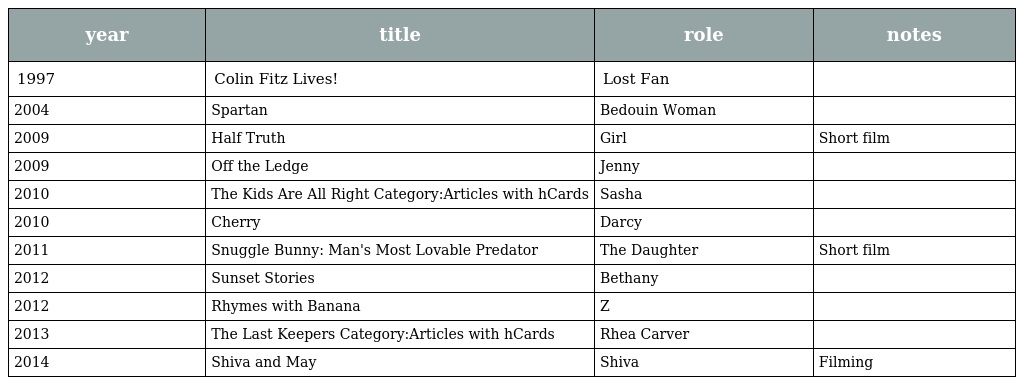
| year | title | role | notes |
 | --- | --- | --- | --- |
 | 1997 | Colin Fitz Lives! | Lost Fan |  |
 | 2004 | Spartan | Bedouin Woman |  |
 | 2009 | Half Truth | Girl | Short film |
 | 2009 | Off the Ledge | Jenny |  |
 | 2010 | The Kids Are All Right Category:Articles with hCards | Sasha |  |
 | 2010 | Cherry | Darcy |  |
 | 2011 | Snuggle Bunny: Man's Most Lovable Predator | The Daughter | Short film |
 | 2012 | Sunset Stories | Bethany |  |
 | 2012 | Rhymes with Banana | Z |  |
 | 2013 | The Last Keepers Category:Articles with hCards | Rhea Carver |  |
 | 2014 | Shiva and May | Shiva | Filming |